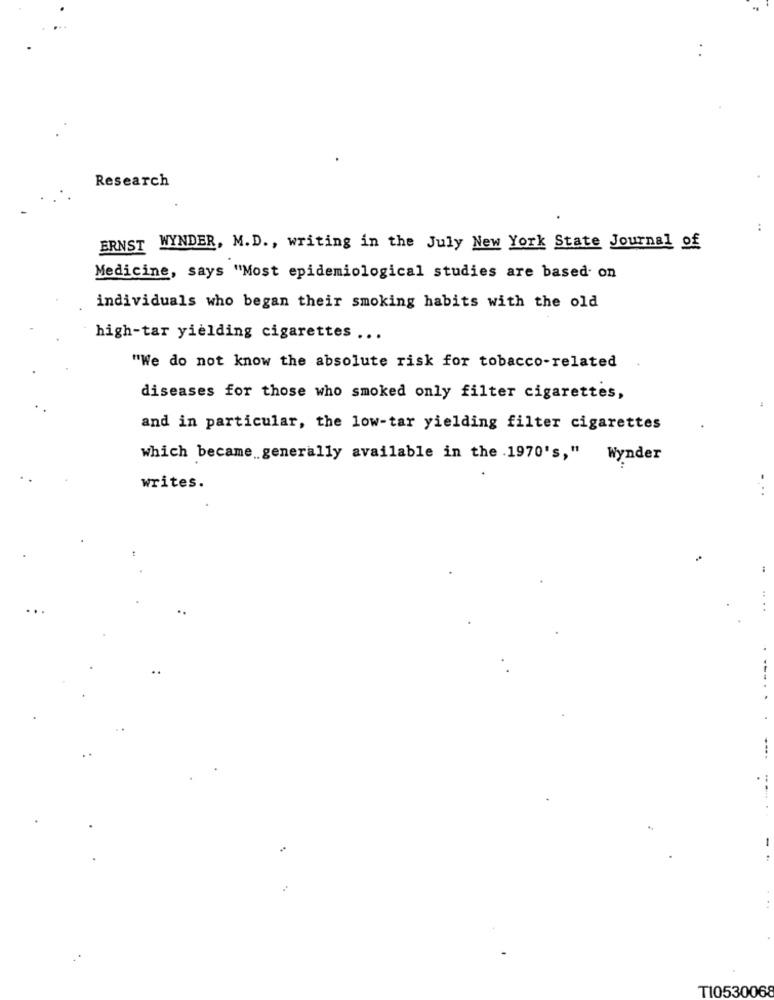
Research
ERNST WYNDER, M.D ., writing in the July New York State Journal of
Medicine, says "Most epidemiological studies are based on
individuals who began their smoking habits with the old
high-tar yielding cigarettes ...
"We do not know the absolute risk for tobacco-related
diseases for those who smoked only filter cigarettes,
and in particular, the low-tar yielding filter cigarettes
which became generally available in the 1970's," Wynder
writes.
..
T10530068